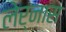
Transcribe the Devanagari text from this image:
लेर्नास